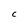
Character: C